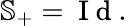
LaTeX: \mathbb{S}_{+}=\mathrm{~I~d~.~}